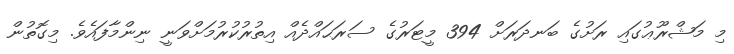
މި މަޝްރޫޢުގައި ރަށުގެ ބަނދަރަށް 394 މީޓަރުގެ ސަރަޙައްދެއް އިތުރުކުރުމަށްވަނީ ނިންމާފައެވެ. މިގޮތުން